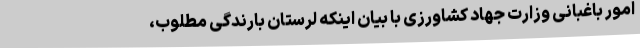
امور باغبانی وزارت جهاد کشاورزی با بیان اینکه لرستان بارندگی مطلوب،